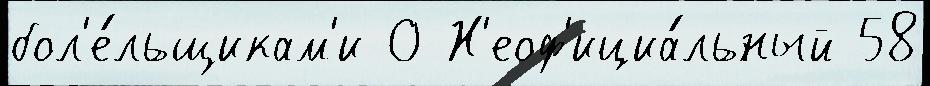
бол'е́льщикам'и 0 Н'еоф'ициа́льный 58